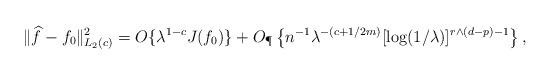
LaTeX: \begin{align*} \|\widehat{f}- f_0\|_{L_2(c)}^2 = O\{\lambda^{1-c}J(f_0)\} + O_\P\left\{n^{-1}\lambda^{-(c+1/2m)}[\log(1/\lambda)]^{r\wedge (d-p)-1}\right\},\end{align*}